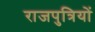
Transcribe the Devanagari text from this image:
राजपुत्रियों